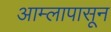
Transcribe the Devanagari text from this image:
आम्लापासून